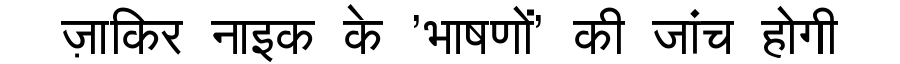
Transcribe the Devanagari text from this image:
ज़ाकिर नाइक के 'भाषणों' की जांच होगी